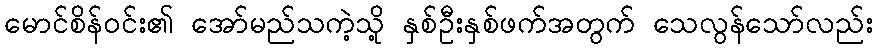
မောင်စိန်ဝင်း၏ အော်မည်သကဲ့သို့ နှစ်ဦးနှစ်ဖက်အတွက် သေလွန်သော်လည်း